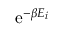
\mathrm { e } ^ { - \beta E _ { i } }